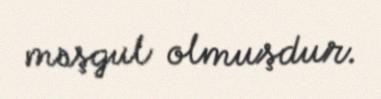
məşgul olmuşdur.